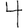
Digit: 4